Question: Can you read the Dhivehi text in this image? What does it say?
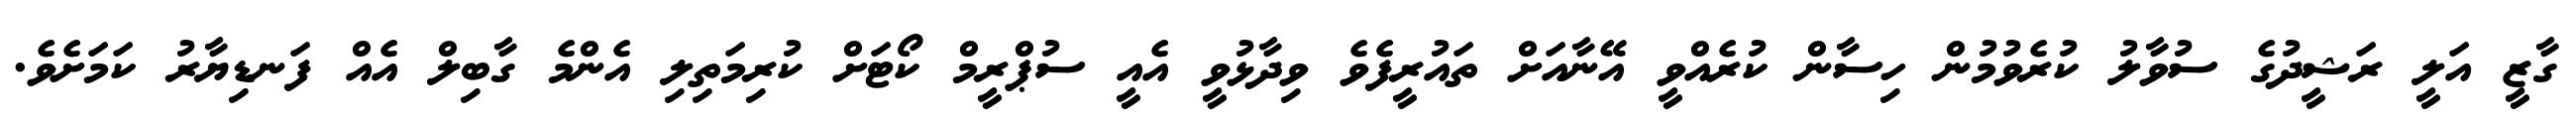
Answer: ގާޒީ އަލީ ރަޝީދުގެ ސުވާލު ކުރެވުމުން ހިސާން ކުރެއްވީ އޭނާއަށް ތައުރީފެވެ ވިދާޅުވީ އެއީ ސުޕްރީމް ކޯޓަށް ކުރިމަތިލި އެންމެ ގާބިލް އެއް ފަނޑިޔާރު ކަމަށެވެ.